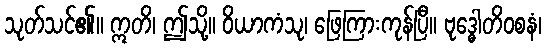
သုတ်သင်၏။ ဣတိ၊ ဤသို့။ ဝိယာကံသု၊ ဖြေကြားကုန်ပြီ။ ဗုဒ္ဓေါတိဝစနံ၊